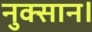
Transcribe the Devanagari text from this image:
नुक्सान।